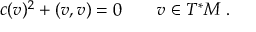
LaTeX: c ( v ) ^ { 2 } + ( v , v ) = 0 \qquad v \in T ^ { * } M \ .